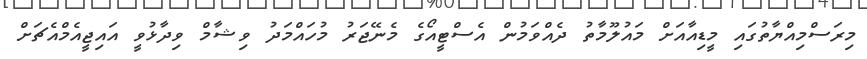
މިރަސްމިއްޔާތުގައި މީޑިއާއަށް މައުލޫމާތު ދެއްވަމުން އެސްޓީއޯގެ މެނޭޖަރު މުހައްމަދު ވިޝާމް ވިދާޅުވީ އައިޖީއެމްއެޗަށް